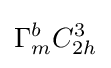
\Gamma _{m}^{b}C_{2h}^{3}